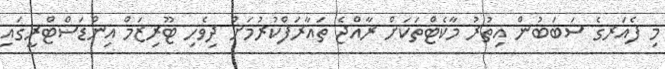
މި ފެއަރގެ ސަބަބުން އިތުރު މާކެޓްތަކަށް ރާއްޖެ ތައާރަފްކުރުމަށް ދިވެހި ޓޫރިޒަމް އިންޑަސްޓްރީގައި